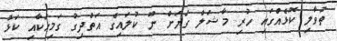
ތުވާލި ކޮޅެއްގައި ހުރި މާޝަލް ގަޔަށް ނޫ ކުލައިގެ އަތްދިގު ގަމިހަކާއި ކަޅު